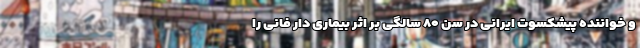
و خواننده پیشکسوت ایرانی در سن ۸۰ سالگی بر اثر بیماری دار فانی را